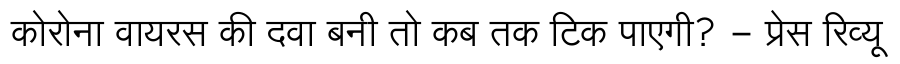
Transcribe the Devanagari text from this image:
कोरोना वायरस की दवा बनी तो कब तक टिक पाएगी? - प्रेस रिव्यू